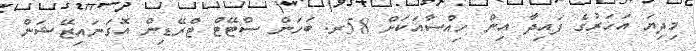
މިދިޔަ އަހަރުގެ ފައިދާ އިން ހިއްސާއަކަށް 58ރ. ބަހަން ސްޓޭޓް ޓްރޭޑިން އޮގަނައިޒޭޝަން